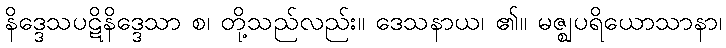
နိဒ္ဒေသပဋိနိဒ္ဒေသာ စ၊ တို့သည်လည်း။ ဒေသနာယ၊ ၏။ မဇ္ဈပရိယောသာနာ၊